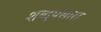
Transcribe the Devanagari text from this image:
शब्दपसारा